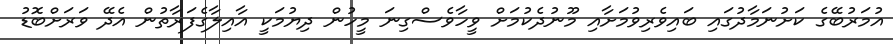
އުމަރުބޭގެ ކަށުނަމާދުގައި ބައިވެރިވުމަށާއި މޫނުދެކުމަށް ވީހާވެސްގިނަ މީހުން ދިޔުމަކީ އާއިލާގެފަރާތުން އެދޭ ވަރަށްބޮޑު